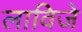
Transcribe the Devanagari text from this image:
लाविजे